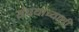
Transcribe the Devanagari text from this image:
संघयांच्याशी